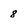
Character: 8